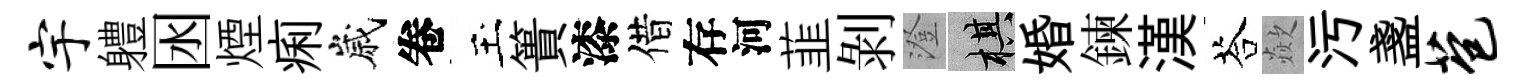
宇軆囦煙痢嵗卷玉簣漆借存河韮剝澄棋婚鍊漢荅歘污盞苞